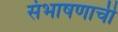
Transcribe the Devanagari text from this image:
संभाषणाची